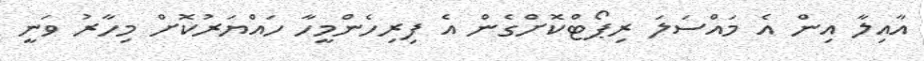
އާއިލާ އިން އެ މައްސަލަ ރިޕޯޓްކޮށްގެން އެ ފިރިހެންމީހާ ހައްޔަރުކޮށް މިހާރު ވަނީ